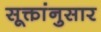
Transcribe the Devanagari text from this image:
सूक्तांनुसार